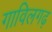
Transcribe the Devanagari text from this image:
गाविलगढ़